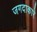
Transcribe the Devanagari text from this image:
जगदाकारे